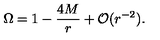
\Omega = 1 - \frac { 4 M } { r } + { \cal O } ( r ^ { - 2 } ) .